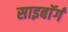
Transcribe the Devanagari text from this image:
साइबाॅर्ग